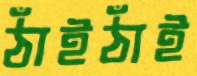
ঠাঁইঠাঁই